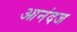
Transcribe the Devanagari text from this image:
आनंदज